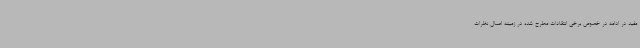
مفید در ادامه در خصوص برخی انتقادات مطرح شده در زمینه اعمال نظرات